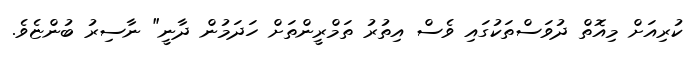
ކުރިއަށް މިއޮތް ދުވަސްތަކުގައި ވެސް އިތުރު ތަމްރީންތަށް ހަދަމުން ދާނީ" ނާސިރު ބުންޏެވެ.